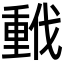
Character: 𫼂